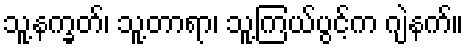
သူ့နက္ခတ်၊ သူ့တာရာ၊ သူ့ကြယ်ပွင့်က ဂျဲနက်။